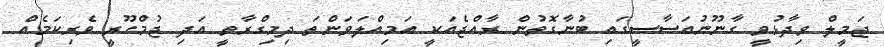
ޖަމީލް ވިދާޅުވީ ގާނޫނުއަސާސީގައި ބުނާގޮތުން ރާއްޖެއަކީ އަމިއްލަވަންތަ ދިމިގްރާތީ އަދި ޖުމްހޫރީ ވެރިކަމެއް